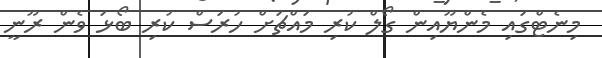
މިނެޓްގައި މެންޔޫއިން ގޯލް ކުރި މައްޗަށް ހުރަސް ކުރި ބޯޅަ ވެން ރޫނީ